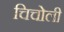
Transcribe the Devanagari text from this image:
चिचोली